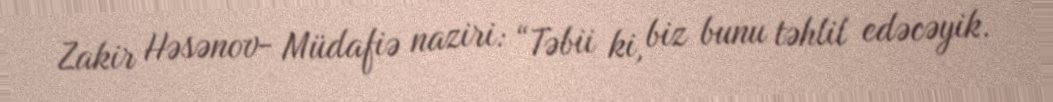
Zakir Həsənov- Müdafiə naziri: “Təbii ki, biz bunu təhlil edəcəyik.